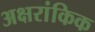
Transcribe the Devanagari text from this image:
अक्षरांकिक